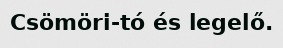
Csömöri-tó és legelő.